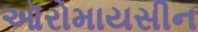
ઑરોમાયસીન